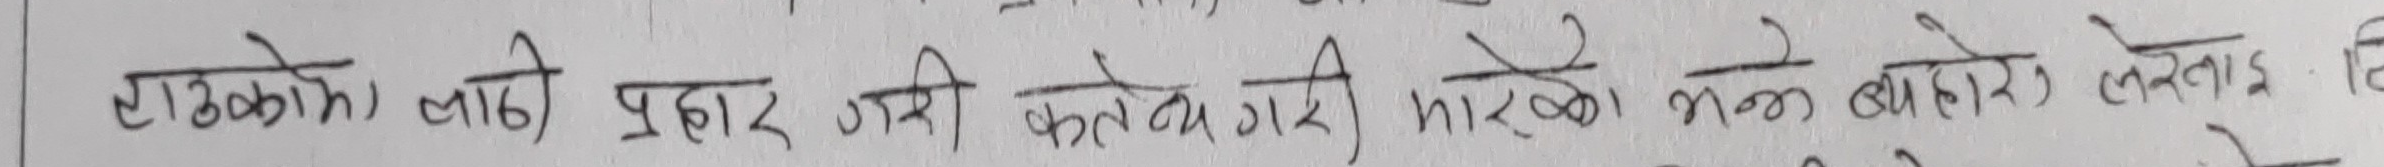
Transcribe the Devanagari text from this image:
राजेको लाठी प्रहार गरी कत्ले गरी मारेको भन्ने आरोप लेताइ